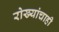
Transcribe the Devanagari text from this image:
रोख्यांचाही